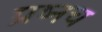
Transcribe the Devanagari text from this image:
प्रष्नच